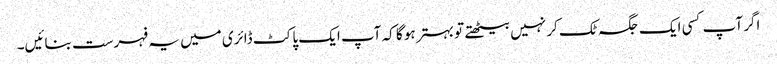
اگر آپ کسی ایک جگہ ٹک کر نہیں بیٹھتے تو بہتر ہو گا کہ آپ ایک پاکٹ ڈائری میں یہ فہرست بنائیں۔